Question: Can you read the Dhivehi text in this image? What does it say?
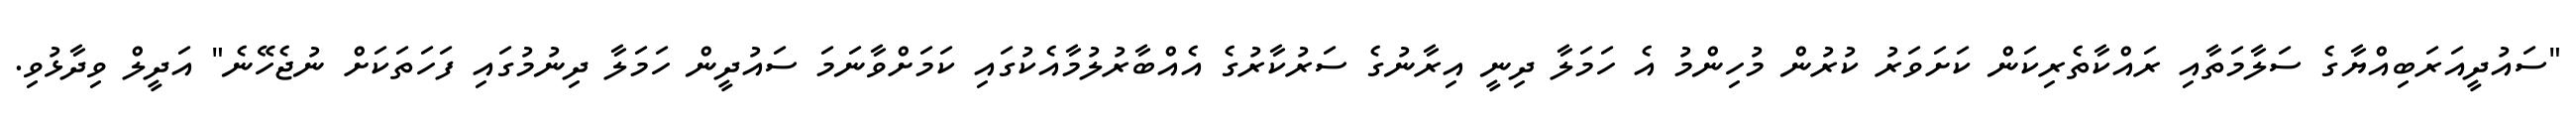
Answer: "ސައުދީއަރަބިއްޔާގެ ސަލާމަތާއި ރައްކާތެރިކަން ކަށަވަރު ކުރުން މުހިންމު އެ ހަމަލާ ދިނީ އިރާނުގެ ސަރުކާރުގެ އެއްބާރުލުމާއެކުގައި ކަމަށްވާނަމަ ސައުދީން ހަމަލާ ދިނުމުގައި ފަހަތަކަށް ނުޖެހޭނެ" އަދީލް ވިދާޅުވި.